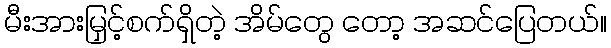
မီးအားမြှင့်စက်ရှိတဲ့ အိမ်တွေ တော့ အဆင်ပြေတယ်။